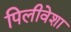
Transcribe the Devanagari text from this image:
पिलीवेशा